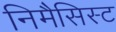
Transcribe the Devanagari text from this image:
निमैसिस्ट